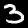
Digit: 3